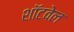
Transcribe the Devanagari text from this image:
शॉटवेल